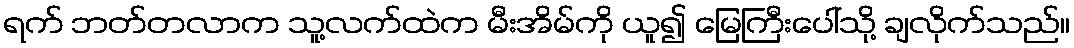
ရက် ဘတ်တလာက သူ့လက်ထဲက မီးအိမ်ကို ယူ၍ မြေကြီးပေါ်သို့ ချလိုက်သည်။